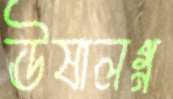
ঊষালগ্ন